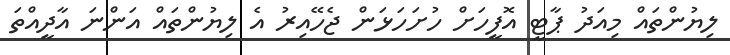
ލިޔުންތައް މިއަދު ޕާޓީ އޮފީހަށް ހުށަހަޅަން ޖެހޭއިރު އެ ލިޔުންތައް އަންނަ އާދީއްތަ